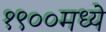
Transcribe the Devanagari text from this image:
१९००मध्ये